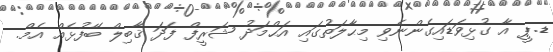
ޑ.ޕީ އާ ގުޅިވަޑައިގެންނެވި މިޙާލަތުގައި އަޙްމަދު ޝަރީފް ފަދަ ޤާބިލް ބޭފުޅެއް އެމް.